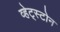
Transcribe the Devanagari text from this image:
व्हेट्स्टोन